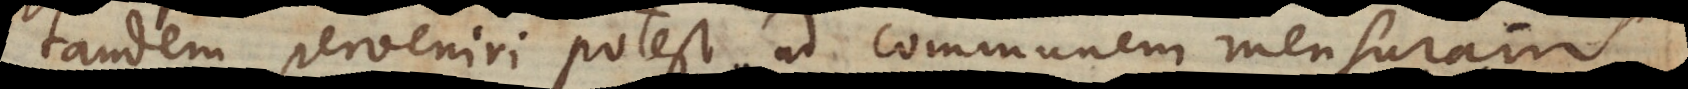
tandem perveniri potest ad communem mensuram